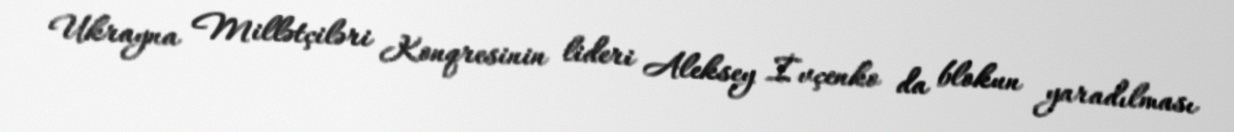
Ukrayna Millətçiləri Konqresinin lideri Aleksey İvçenko da blokun yaradılması